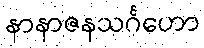
နာနာဇနသင်္ဂဟော